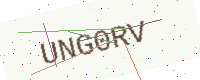
Text: UNG0RV